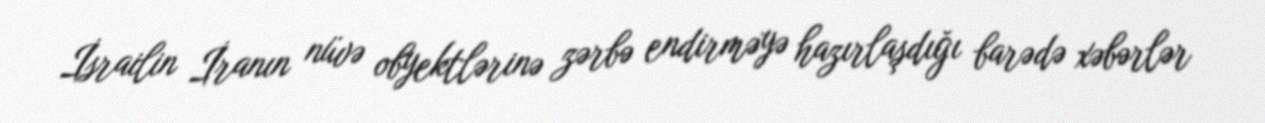
İsrailin İranın nüvə obyektlərinə zərbə endirməyə hazırlaşdığı barədə xəbərlər